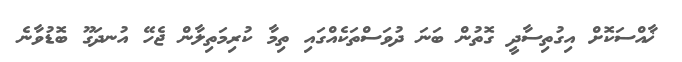
ޚާއްސަކޮށް އިގުތިސާދީ ގޮތުން ބަނަ ދުވަސްތަކެއްގައި ތިމާ ކުރިމަތިލާން ޖެހޭ އުނދަގޫ ބޮޑުވާނެ